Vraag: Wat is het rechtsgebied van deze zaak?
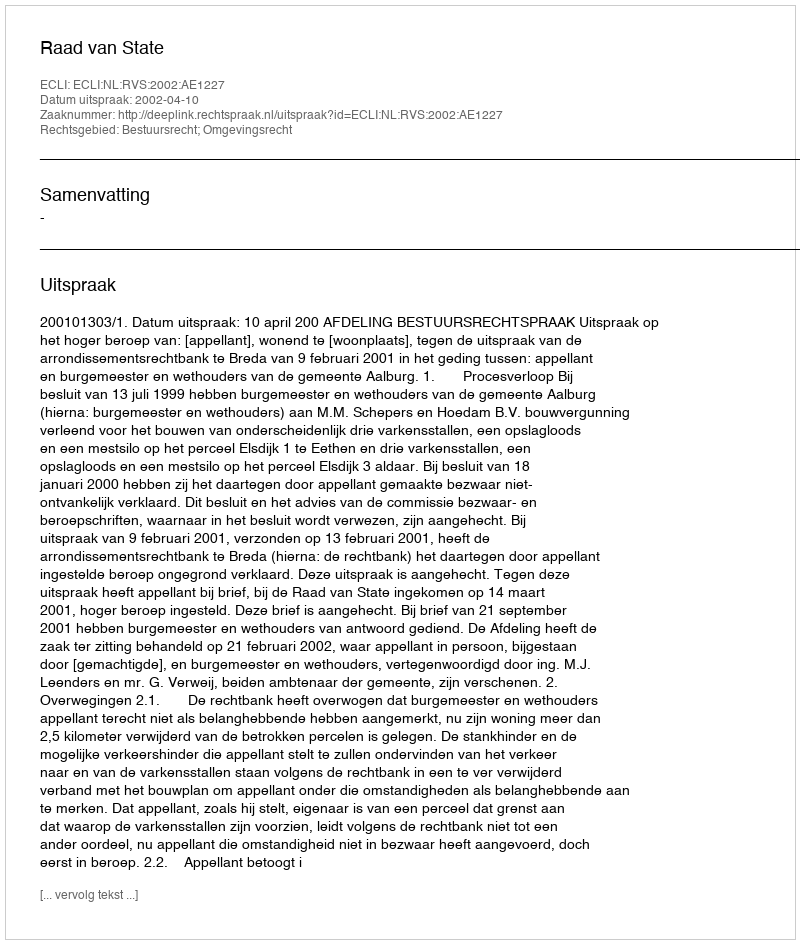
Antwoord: Bestuursrecht; Omgevingsrecht